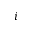
i